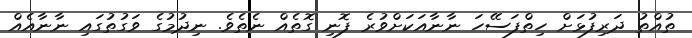
ތުއްތު ދަރިފުޅަށް ހިތްފަސޭހަ ނާނާއަކަށްވުރެ ފޮނި ގޮތެއް ނެތެވެ. ނިދުމުގެ ވަގުތުގައި ނާނާއެއް